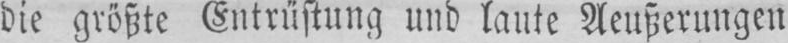
die größte Entrüstung und laute Aeußerungen